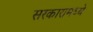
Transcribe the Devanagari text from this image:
सरकारामध्ये